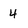
Character: 4